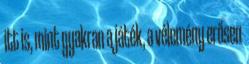
itt is, mint gyakran a játék, a vélemény erősen